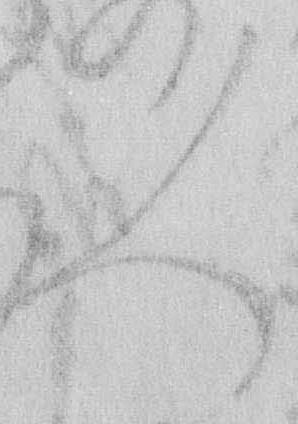
人